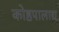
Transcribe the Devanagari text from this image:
कोष्ठपालाद्य